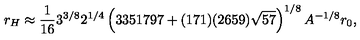
r _ { H } \approx \frac { 1 } { 1 6 } 3 ^ { 3 / 8 } 2 ^ { 1 / 4 } \left( 3 3 5 1 7 9 7 + ( 1 7 1 ) ( 2 6 5 9 ) \sqrt { 5 7 } \right) ^ { 1 / 8 } A ^ { - 1 / 8 } r _ { 0 } ,